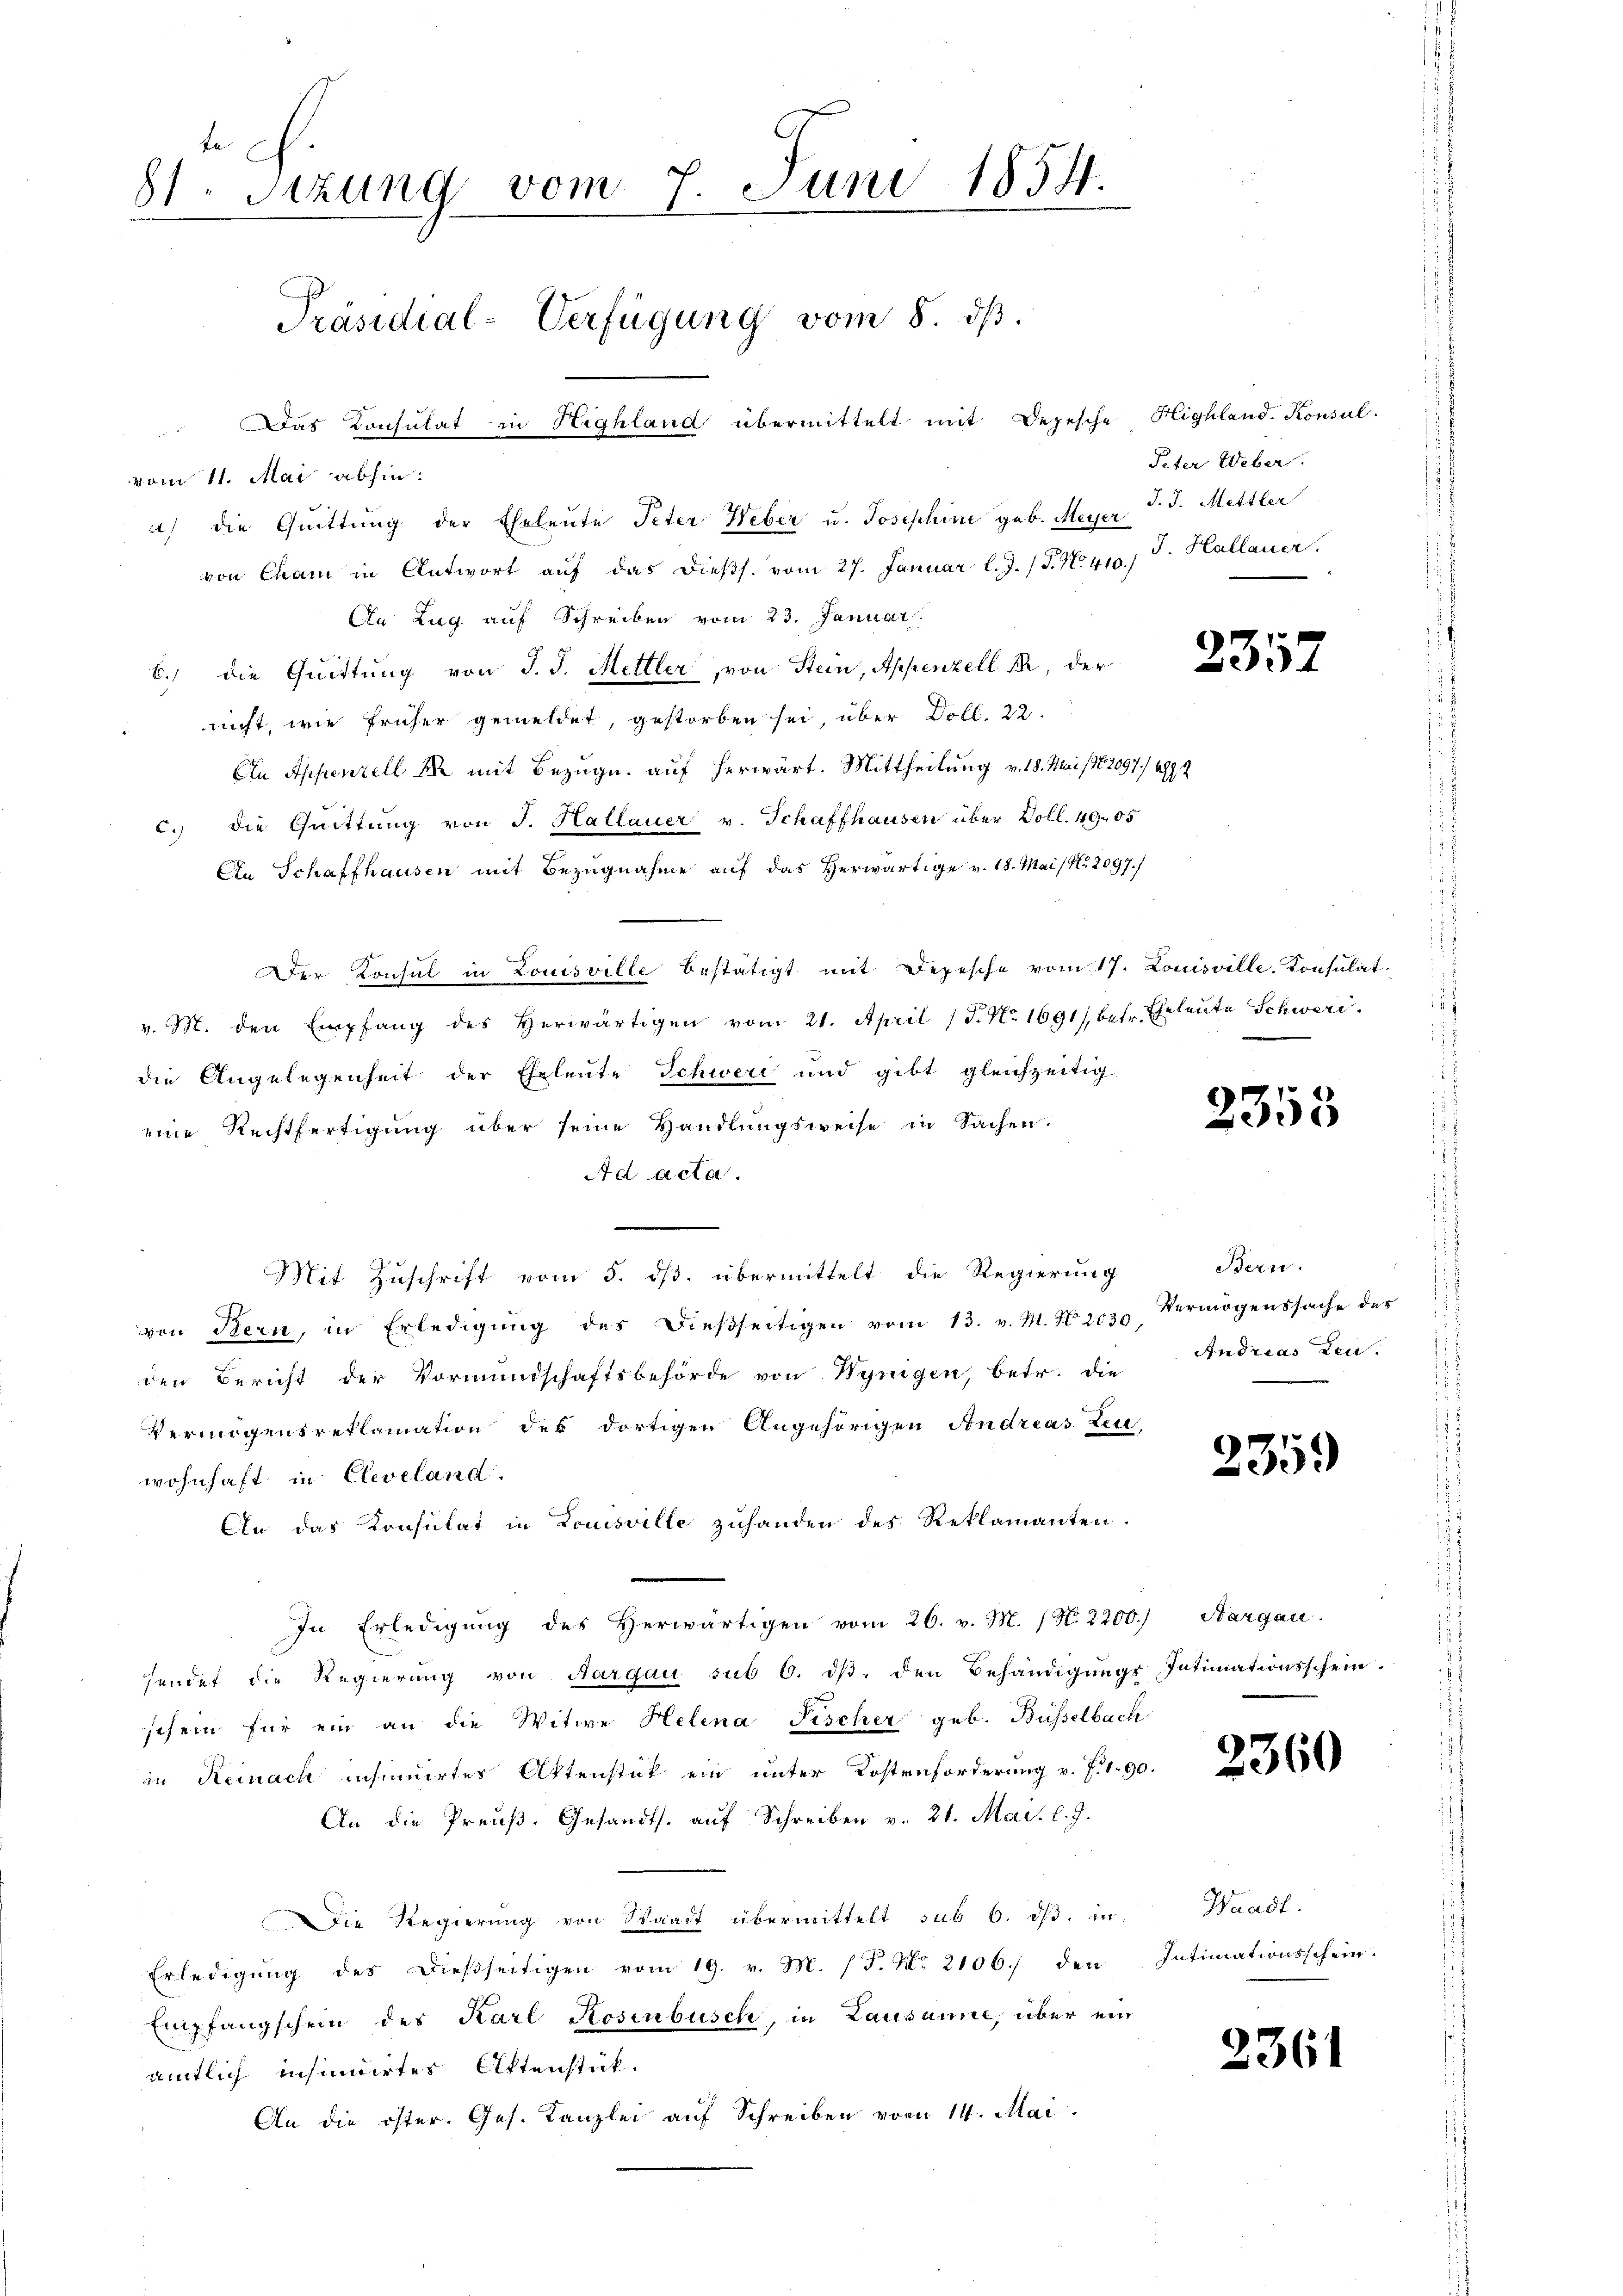
81. Sizung vom 7. Juni 1854.
Präsidial-Verfügung vom 8. dβ.
 as Konsulat in Highland übermittelt mit Depesche Highland. Konsul-

vom 11. Mai abhin:
a) die Quittung der Eheleute Peter Weber u. Josephine geb. Meyer J. J. Mettler
von Cham in Antwort aŭf das dieβs. vom 27. Januar l. J. J. No. 410.
An Lag auf Schreiben vom 23. Januar
b.) die Quittung von J. J. Mettler, von Stein, Appenzell ich, der
nicht, wie früher gemeldet, gestorben sei, über Doll. 22.
En Appenzell an mit Bezug auf herwärt. Mittheilung v. 18. Mai 1882097. 1872
c. die Quittung von J. Hallauer v. Schaffhausen über Doll. 49. 05
An Schaffhausen mit Bezugnahme auf das Herwärtige v. 18. Mai / No. 2097./
Der Konsul in Louisville bestätigt mit Depesche vom 17. Louisville Konsulat
v. M. den Empfang des Herwärtigen vom 21. April (T. No. 1691/, betr. Eheleute Schweri
die Angelegenheit der Eheleute Schwere und gibt gleichzeitig
eine Rechtfertigung über seine Handlungsweise in Sachen.
Ad acta.
Mit Zuschrift vom 5. ds. übermittelt die Regierung
von Stern, in Erledigŭng des dieβseitigen vom 13. v. M. N. 2030 Vermögenssache der
den Bericht der Vormundschaftsbehörde von Wynigen, betr. die
Vermögensreklamation des dortigen Angehörigen Andreas Zeu-
wohnhaft in Cleveland.
On das Konsulat in Louisville zuhanden des Reklamanten.
In Erledigung des Herwärtigen vom 26. v. M. (N. 2200. Aargau.
sendet die Regierung von Aargau sub 6. dβ, den Behändigungs Intimationsschein.
schein für ein an die Witwe Helena Fischer geb. Büsselbach
in Reinach insinuirtes Aktenstück ein unter Kostenforderung v. J. 1. 90.
An die Preuß. Gesandts. auf Schreiben v. 21. Mai. l. J.
Die Regierung von Waadt übermittelt sub 6. dβ. in Waadt.
Erledigung des dießseitigen vom 19. v. M. (T. No 2106 den Intimationsschein.
Empfangschein des Karl Rosenbusch, in Lausanne, über ein
amtlich insinuirtes Aktenstück.
An die öster. Ges. Kanzlei auf Schreiben vom 14. Mai

Peter Weber.
J. Hallauer.

2357

2353

Bern.
Andreas Leu

235.

2360

2361